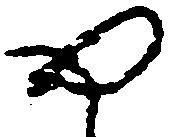
や